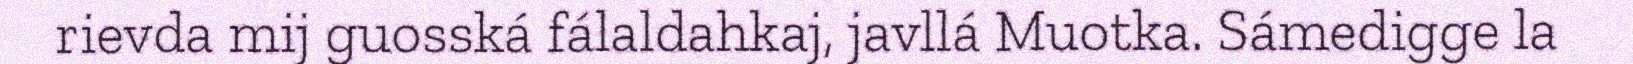
rievda mij guosská fálaldahkaj, javllá Muotka. Sámedigge la